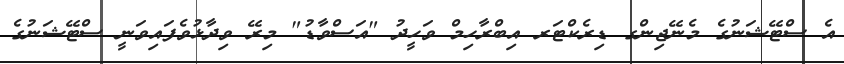
އެ ސްޓޭޝަނުގެ މެނޭޖިންގ ޑިރެކްޓަރ އިބްރާހިމް ވަހީދު "އަސްވާޑު" މިރޭ ވިދާޅުވެފައިވަނީ ސްޓޭޝަނުގެ